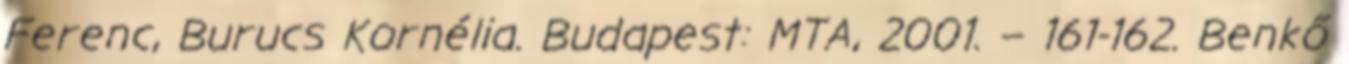
Ferenc, Burucs Kornélia. Budapest: MTA, 2001. – 161-162. Benkő